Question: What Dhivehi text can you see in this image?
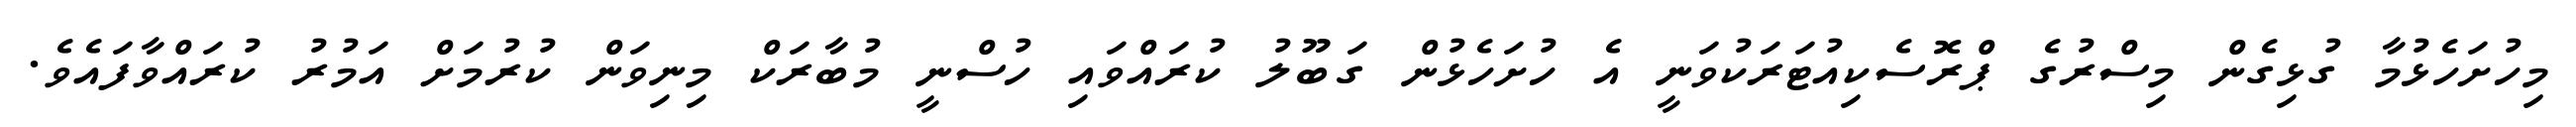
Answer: މިހުށަހެޅުމާ ގުޅިގެން މިސްރުގެ ޕްރޮސެކިއުޓަރަކުވަނީ އެ ހުށަހެޅުން ގަބޫލު ކުރައްވައި ހުސްނީ މުބާރަކް މިނިވަން ކުރުމަށް އަމުރު ކުރައްވާފައެވެ.